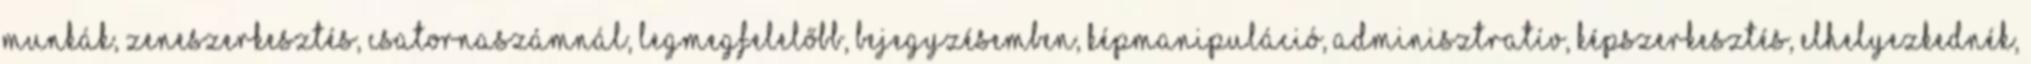
munkák, zeneszerkesztés, csatornaszámnál, legmegfelelőbb, bejegyzésemben, képmanipuláció, adminisztratív, képszerkesztés, elhelyezkednék,